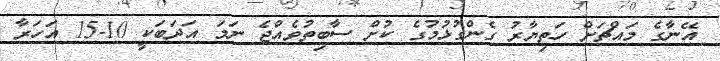
އޭނާގެ މައްޗަށް ހަތިޔާރު ގެންގުޅުމުގެ ކުށް ސާބިތުވެއްޖެ ނަމަ އަދަބަކީ 10-15 އަހަރާ